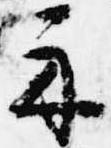
示